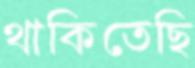
থাকিতেছি